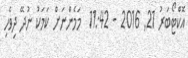
އޮކްޓޯބަރު 21